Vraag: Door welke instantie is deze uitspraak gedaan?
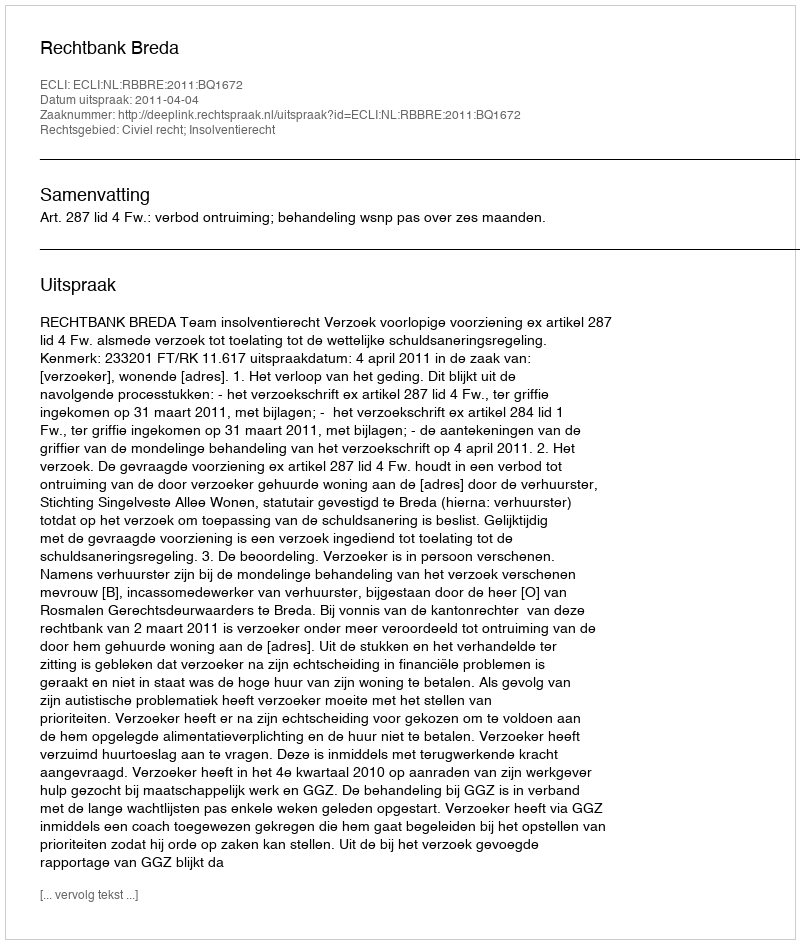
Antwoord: Rechtbank Breda